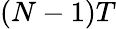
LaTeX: (N-1)T